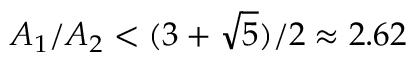
A _ { 1 } / A _ { 2 } < ( 3 + \sqrt { 5 } ) / 2 \approx 2 . 6 2